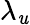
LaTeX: \lambda_{\mathit{u}}